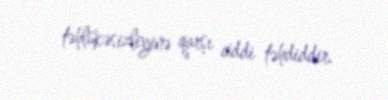
təhlükəsizliyinə qarşı ciddi təhdiddir.